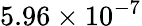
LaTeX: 5.96\times 10^{-7}